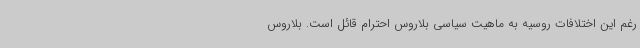
رغم این اختلافات روسیه به ماهیت سیاسی بلاروس احترام قائل است. بلاروس